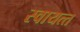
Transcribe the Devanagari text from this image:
स्‍वायत्‍त